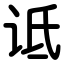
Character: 诋